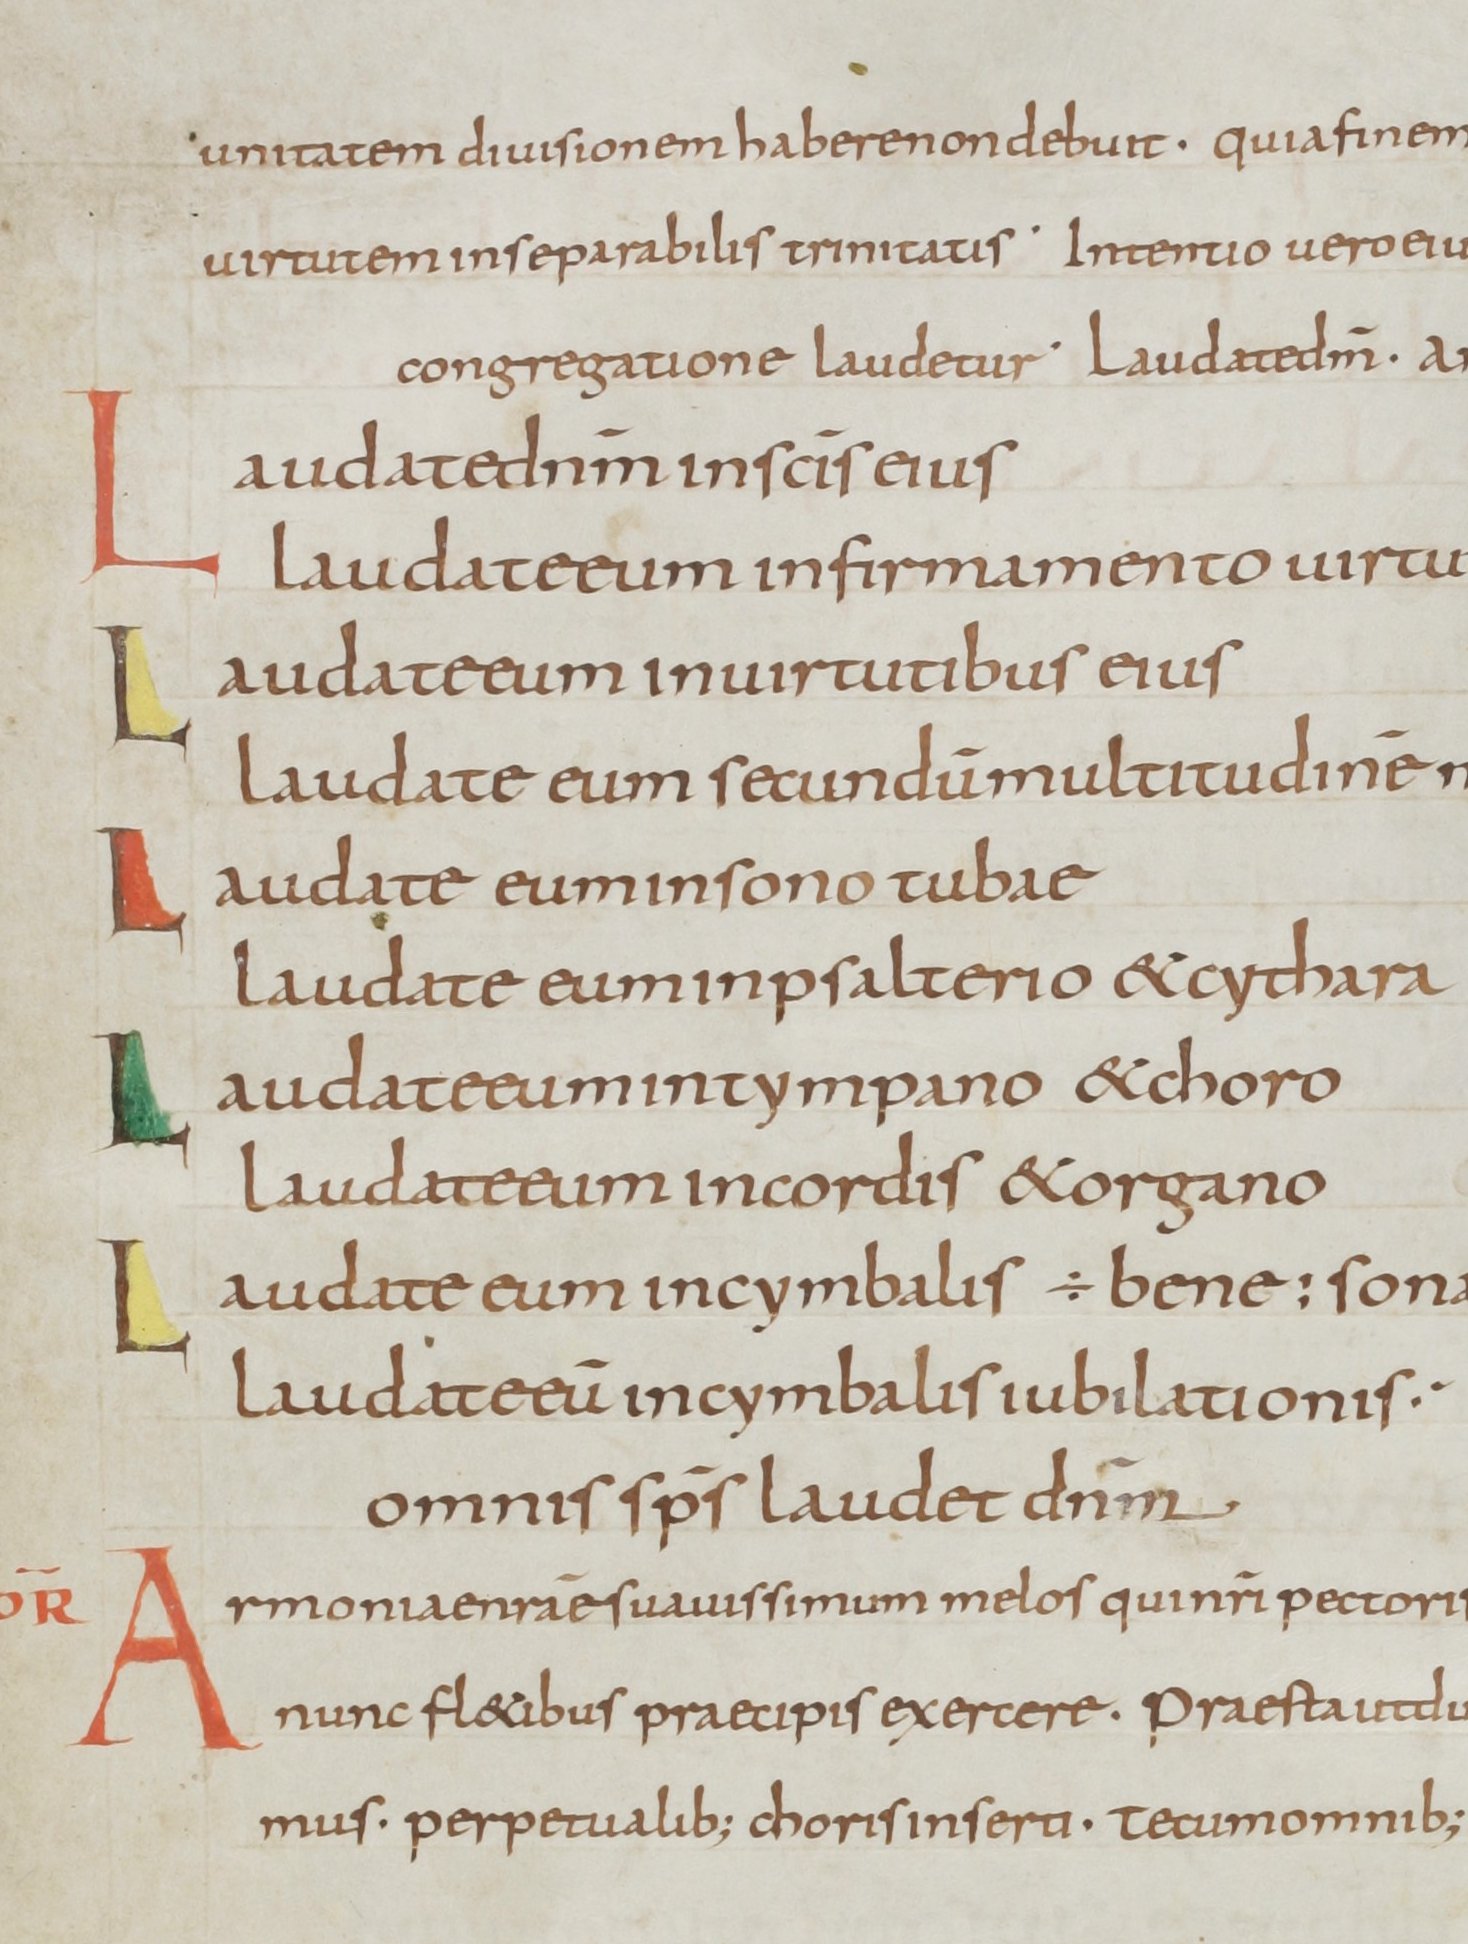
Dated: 800–899